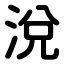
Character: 涗